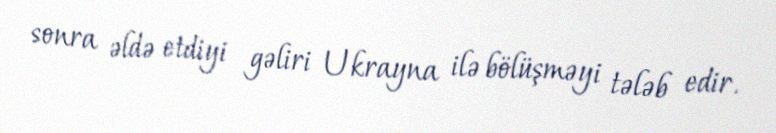
sonra əldə etdiyi gəliri Ukrayna ilə bölüşməyi tələb edir.